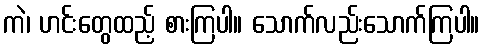
ကဲ၊ ဟင်းတွေထည့် စားကြပါ။ သောက်လည်းသောက်ကြပါ။